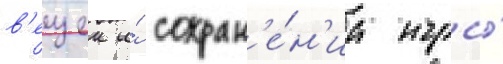
в'ещеи и́ сохран'е́н'иа игры́